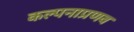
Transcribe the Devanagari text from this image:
कल्पनाप्रणव